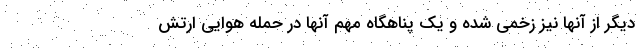
دیگر از آنها نیز زخمی شده و یک پناهگاه مهم آنها در حمله هوایی ارتش